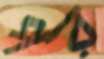
পর